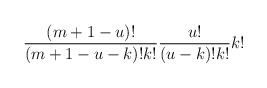
\begin{align*}\frac{(m+1-u)!}{(m+1-u-k)!k!}\frac{u!}{(u-k)!k!}k!\end{align*}